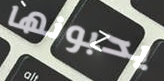
يحبونها